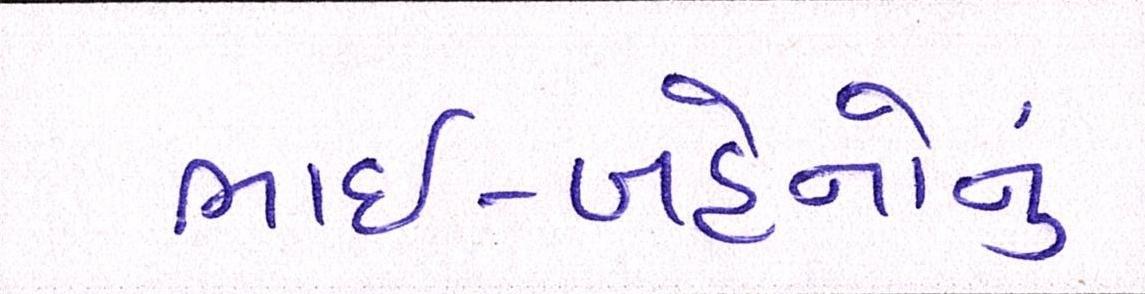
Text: ભાઈ-બહેનોનું